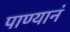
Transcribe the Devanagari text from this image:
पाण्यानं